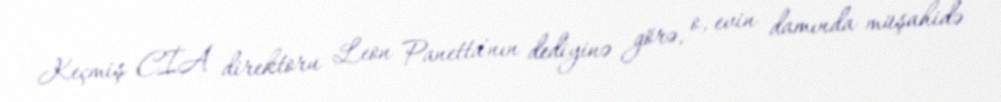
Keçmiş CİA direktoru Leon Panetta'nın dediyinə görə, o, evin damında müşahidə